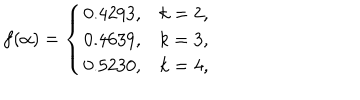
f ( \alpha ) = \left\{ \begin{array} { c c } { { 0 . 4 2 9 3 , } } & { { k = 2 , } } \\ { { 0 . 4 6 3 9 , } } & { { k = 3 , } } \\ { { 0 . 5 2 3 0 , } } & { { k = 4 , } } \\ \end{array} \right.